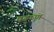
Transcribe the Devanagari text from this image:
परूष्ण